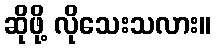
ဆိုဖို့ လိုသေးသလား။